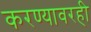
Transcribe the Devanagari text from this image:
करण्यावरही